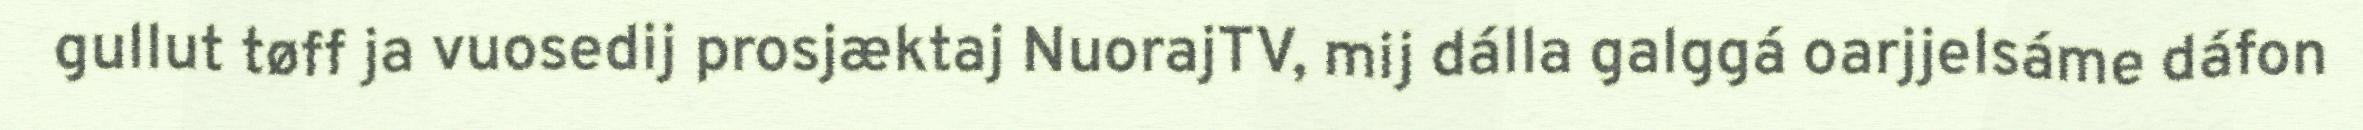
gullut tøff ja vuosedij prosjæktaj NuorajTV, mij dálla galggá oarjjelsáme dáfon